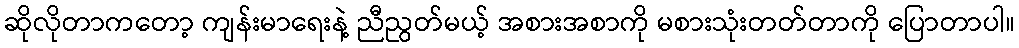
ဆိုလိုတာကတော့ ကျန်းမာရေးနဲ့ ညီညွတ်မယ့် အစားအစာကို မစားသုံးတတ်တာကို ပြောတာပါ။